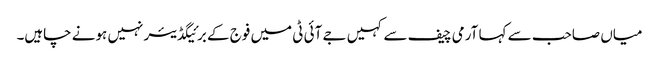
میاں صاحب سے کہا آرمی چیف سے کہیں جے آئی ٹی میں فوج کے برئیگڈیئر نہیں ہونے چاہیں۔